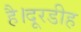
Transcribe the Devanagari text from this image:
है।दूरडीह